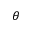
\theta